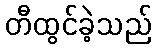
တီထွင်ခဲ့သည်